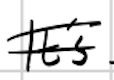
Text: It's
Cross-out: double-line
Writing tool: digital_black